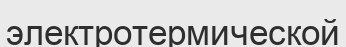
электротермической